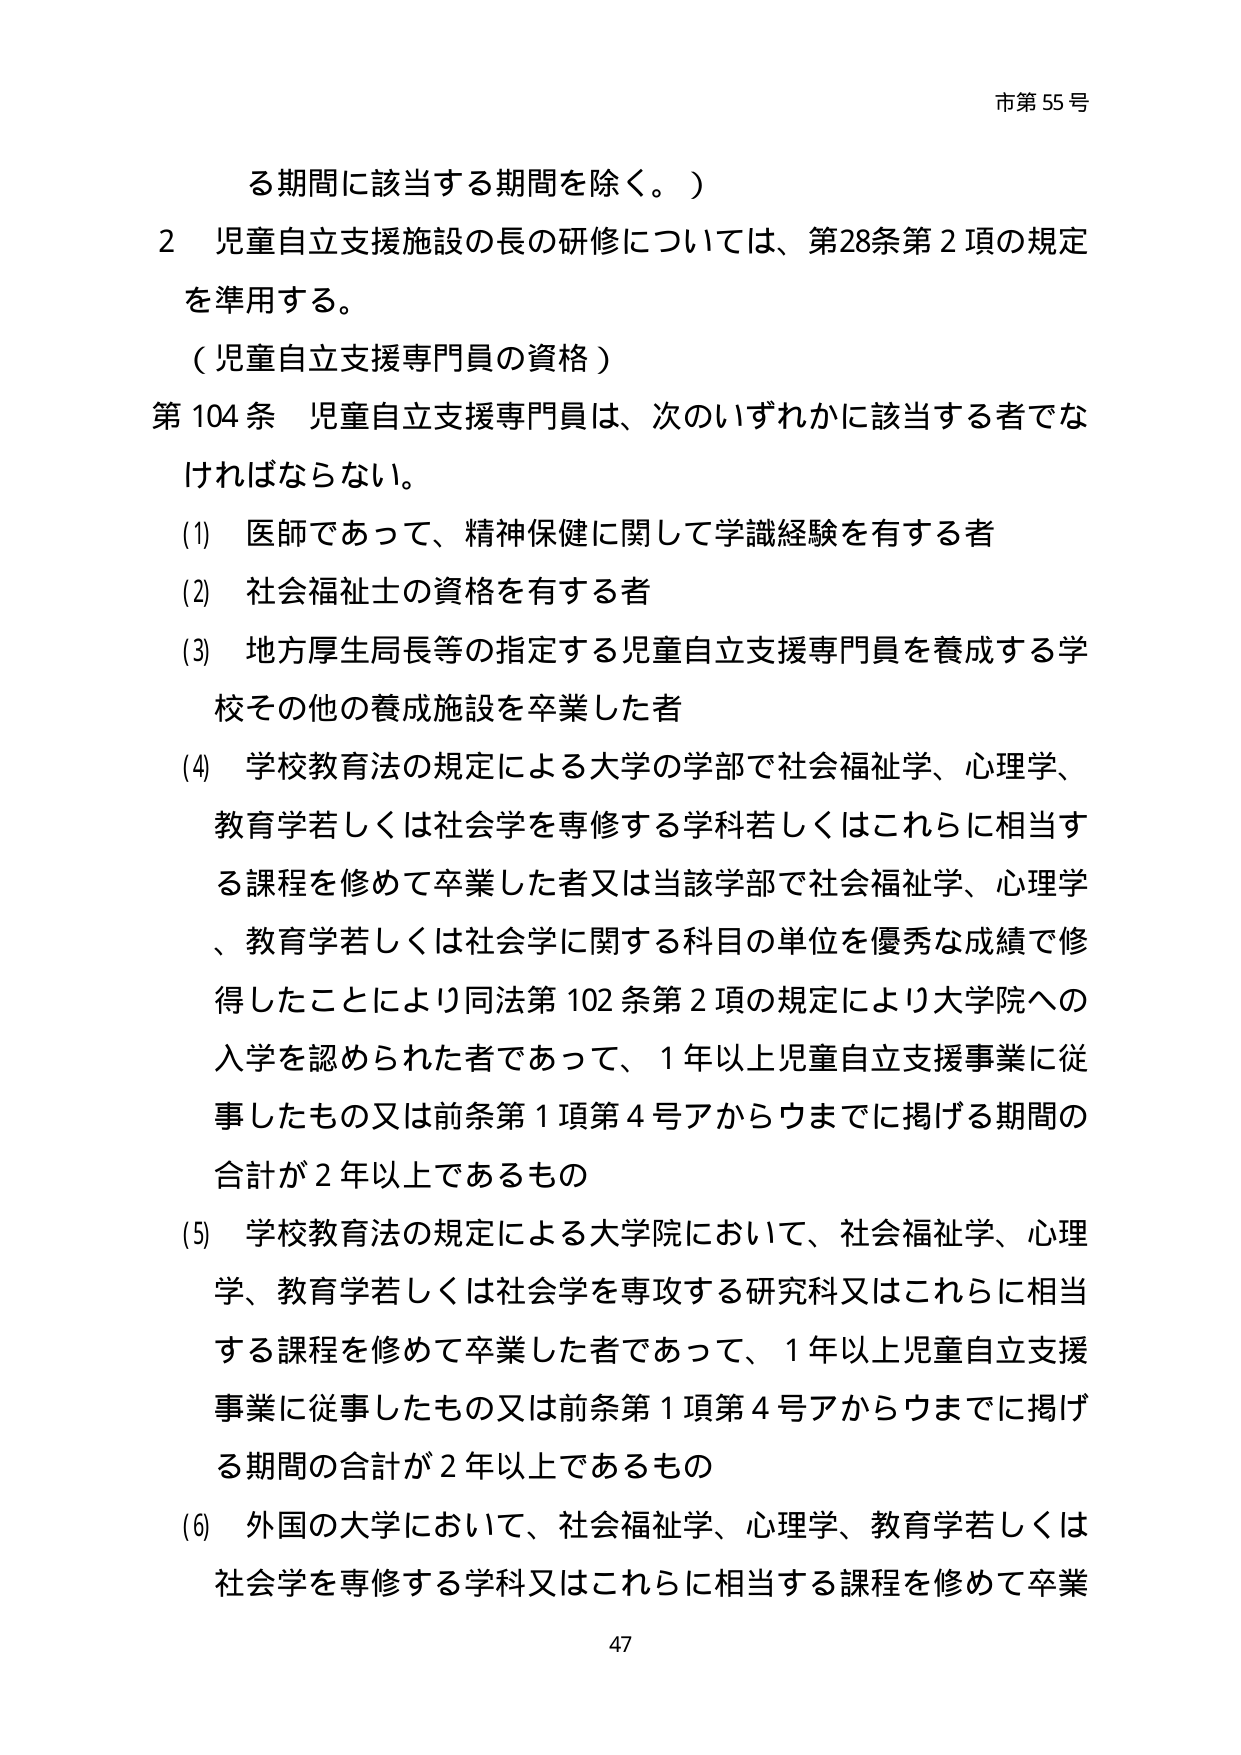
市第55号

る期間に該当する期間を除く。）

2 児童自立支援施設の長の研修については、第28条第2項の規定を準用する。

（児童自立支援専門員の資格）

第104条 児童自立支援専門員は、次のいずれかに該当する者でなければならない。

(1) 医師であって、精神保健に関して学識経験を有する者

(2) 社会福祉士の資格を有する者

(3) 地方厚生局長等の指定する児童自立支援専門員を養成する学校その他の養成施設を卒業した者

(4) 学校教育法の規定による大学の学部で社会福祉学、心理学、教育学若しくは社会学を専修する学科若しくはこれらに相当する課程を修めて卒業した者又は当該学部で社会福祉学、心理学、教育学若しくは社会学に関する科目の単位を優秀な成績で修得したことにより同法第102条第2項の規定により大学院への入学を認められた者であって、1年以上児童自立支援事業に従事したもの又は前条第1項第4号アからウまでに掲げる期間の合計が2年以上であるもの

(5) 学校教育法の規定による大学院において、社会福祉学、心理学、教育学若しくは社会学を専攻する研究科又はこれらに相当する課程を修めて卒業した者であって、1年以上児童自立支援事業に従事したもの又は前条第1項第4号アからウまでに掲げる期間の合計が2年以上であるもの

(6) 外国の大学において、社会福祉学、心理学、教育学若しくは社会学を専修する学科又はこれらに相当する課程を修めて卒業

47